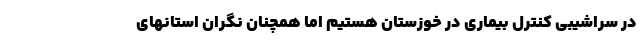
در سراشیبی کنترل بیماری در خوزستان هستیم اما همچنان نگران استانهای